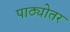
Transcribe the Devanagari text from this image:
पाठ्योतर